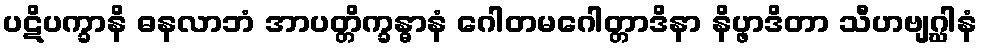
ပဋိပက္ခာနိ ဓနလာဘံ အာပတ္တိက္ခန္ဓာနံ ဂေါတမဂေါတ္တာဒိနာ နိပ္ဖာဒိတာ သီဟဗျဂ္ဃါနံ